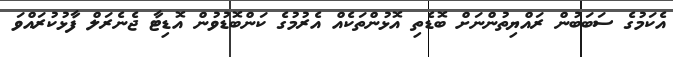
އެކަމުގެ ސަބަބުން ރައްޔިތުންނަށް ބޮޑެތި އޮޅުންތަކެއް އެރުމުގެ ކަންބޮޑުވުން އޮޑިޓާ ޖެނެރަލް ފާޅުކުރައްވަ